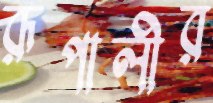
রূপালীর